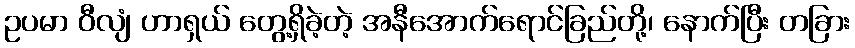
ဥပမာ ဝီလျံ ဟာရှယ် တွေ့ရှိခဲ့တဲ့ အနီအောက်ရောင်ခြည်တို့၊ နောက်ပြီး တခြား